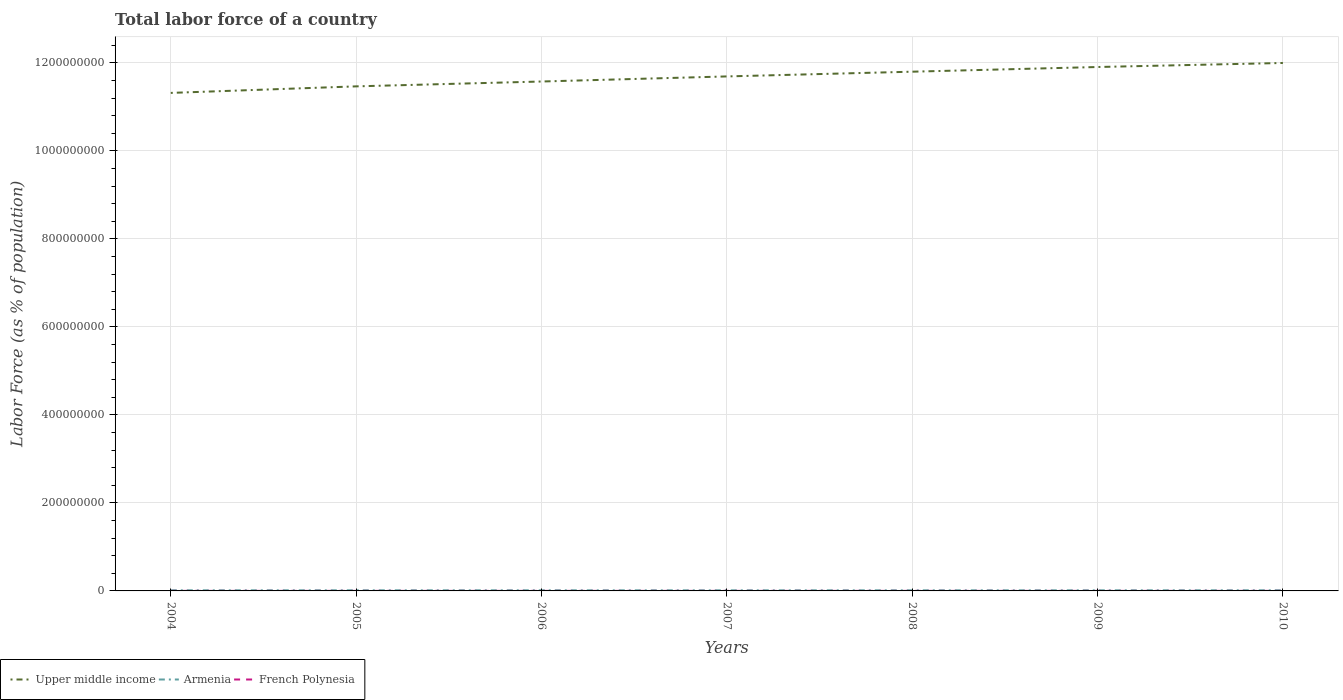
| Years | Upper middle income | Armenia | French Polynesia |
 | --- | --- | --- | --- |
 | 2004 | 1.13e+09 | 1.44e+06 | 1.03e+05 |
 | 2005 | 1.15e+09 | 1.42e+06 | 1.04e+05 |
 | 2006 | 1.16e+09 | 1.4e+06 | 1.06e+05 |
 | 2007 | 1.17e+09 | 1.39e+06 | 1.08e+05 |
 | 2008 | 1.18e+09 | 1.38e+06 | 1.1e+05 |
 | 2009 | 1.19e+09 | 1.39e+06 | 1.12e+05 |
 | 2010 | 1.2e+09 | 1.45e+06 | 1.14e+05 |